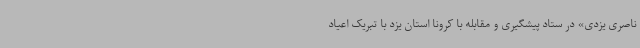
ناصری یزدی» در ستاد پیشگیری و مقابله با کرونا استان یزد با تبریک اعیاد